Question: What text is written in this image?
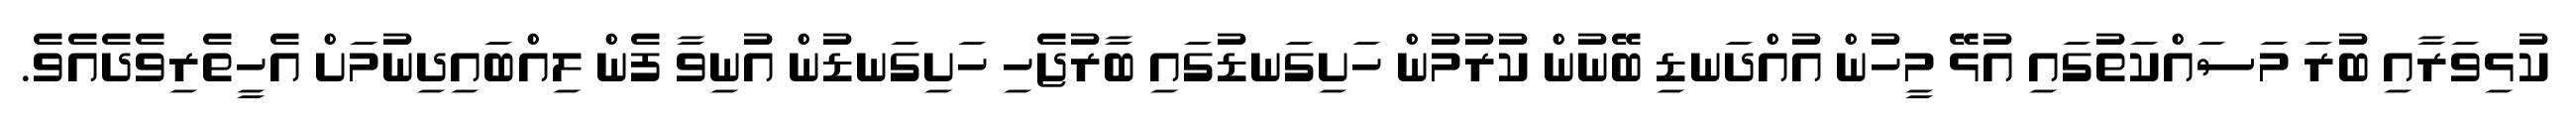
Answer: ކުޅިވަރާއި ބުރަ މަސައްކަތުގައި އުޅޭ މީހުން އުއްދަނޑި ބޭނުން ކުރުމުން ހަށިގަނޑުގައި ބާރުޖެހި ހަށިގަނޑުން އުނިވާ ފެން ލިއްބައިދިނުމަށް އެހީތެރިވެދެއެވެ.